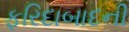
ફરિદાબાદની